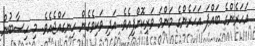
އަހަރެންގެ ބައްޕަ އަހަރެންގެ މަންމަ ވަރިކޮށްފިއެވެ. އަދި ވަކިވެގެން ހިނގައްޖެއެވެ. މި ހިސާބުން